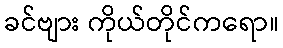
ခင်ဗျား ကိုယ်တိုင်ကရော။